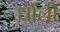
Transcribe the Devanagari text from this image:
धोंली